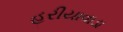
હરીયાવાડા